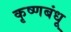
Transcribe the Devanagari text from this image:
कृष्णबंधू